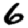
Digit: 6